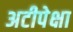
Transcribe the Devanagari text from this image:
अटीपेक्षा